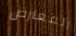
المعارض